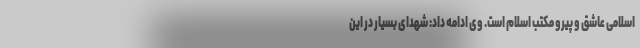
اسلامی عاشق و پیرو مکتب اسلام است. وی ادامه داد: شهدای بسیار در این